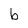
Character: b